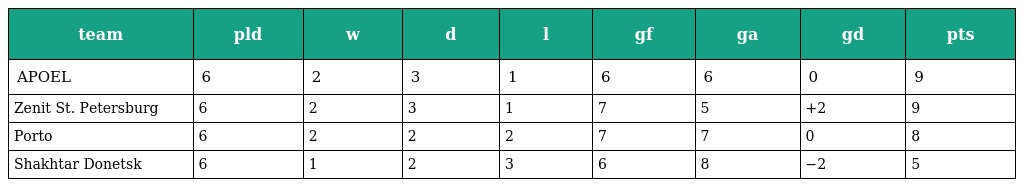
| team | pld | w | d | l | gf | ga | gd | pts |
 | --- | --- | --- | --- | --- | --- | --- | --- | --- |
 | APOEL | 6 | 2 | 3 | 1 | 6 | 6 | 0 | 9 |
 | Zenit St. Petersburg | 6 | 2 | 3 | 1 | 7 | 5 | +2 | 9 |
 | Porto | 6 | 2 | 2 | 2 | 7 | 7 | 0 | 8 |
 | Shakhtar Donetsk | 6 | 1 | 2 | 3 | 6 | 8 | −2 | 5 |